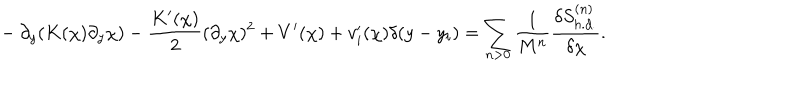
LaTeX: ~ - \partial _ { y } ( K ( \chi ) \partial _ { y } \chi ) - \frac { K ^ { \prime } ( \chi ) } { 2 } ( \partial _ { y } \chi ) ^ { 2 } + V ^ { \prime } ( \chi ) + v _ { i } ^ { \prime } ( \chi ) \delta ( y - y _ { i } ) = \sum _ { n > 0 } \frac { 1 } { M ^ { n } } \frac { \delta S _ { h . d . } ^ { ( n ) } } { \delta \chi } .